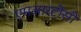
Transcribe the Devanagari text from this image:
एमआरटीसी